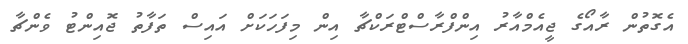
އެގޮތުން ރާއޯގެ ޖީއެމްއާރު އިންފްރާސްޓްރަކްޗާ އިން މިފަހަކަށް އައިސް ތަފާތު ޖޮއިންޓު ވެންޗާ